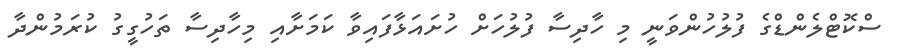
ސްކޮޓްލެންޑްގެ ފުލުހުންވަނީ މި ހާދިސާ ފުލުހަށް ހުށައަޅާފައިވާ ކަމަށާއި މިހާދިސާ ތަހުގީގު ކުރަމުންދާ